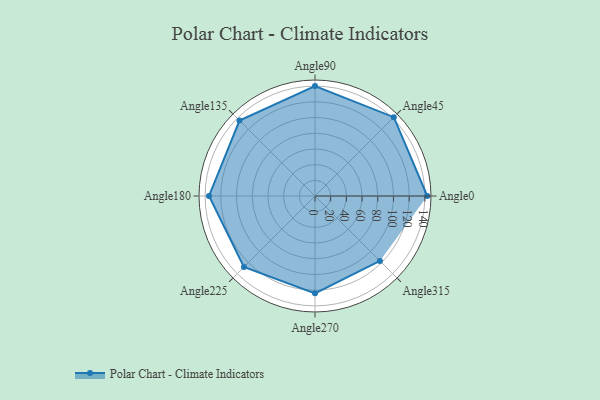
{"axis": {"x": "Angle", "y": "Radius"}, "legend": [""], "data": [{"x": "Angle0", "y": 143.0, "type": ""}, {"x": "Angle45", "y": 142.0, "type": ""}, {"x": "Angle90", "y": 140.0, "type": ""}, {"x": "Angle135", "y": 136.0, "type": ""}, {"x": "Angle180", "y": 135.0, "type": ""}, {"x": "Angle225", "y": 128.0, "type": ""}, {"x": "Angle270", "y": 124.0, "type": ""}, {"x": "Angle315", "y": 117.0, "type": ""}]}